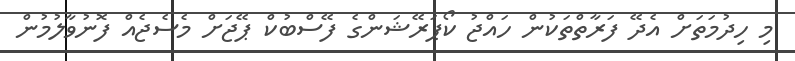
މި ހިދުމަތަށް އެދޭ ފަރާތްތަކުން ހައްޖު ކޯޕަރޭޝަންގެ ފޭސްބުކް ޕޭޖަށް މެސެޖެއް ފޮނުވާލުމުން